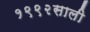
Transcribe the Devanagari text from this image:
१९९२साली